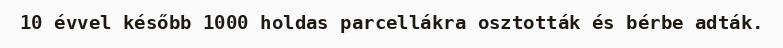
10 évvel később 1000 holdas parcellákra osztották és bérbe adták.